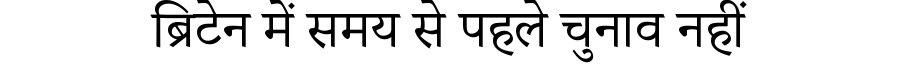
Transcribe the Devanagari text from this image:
ब्रिटेन में समय से पहले चुनाव नहीं